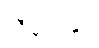
သီချင်းနှင့်